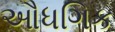
ઔધગિક